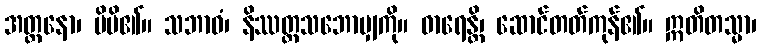
အတ္တနော၊ မိမိ၏။ သဘာဝံ၊ နိဿတ္တသဘောမျှကို။ ဓာရေန္တိ၊ ဆောင်တတ်ကုန်၏။ ဣတိတသ္မာ၊